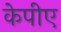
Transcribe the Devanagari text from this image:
केपीए